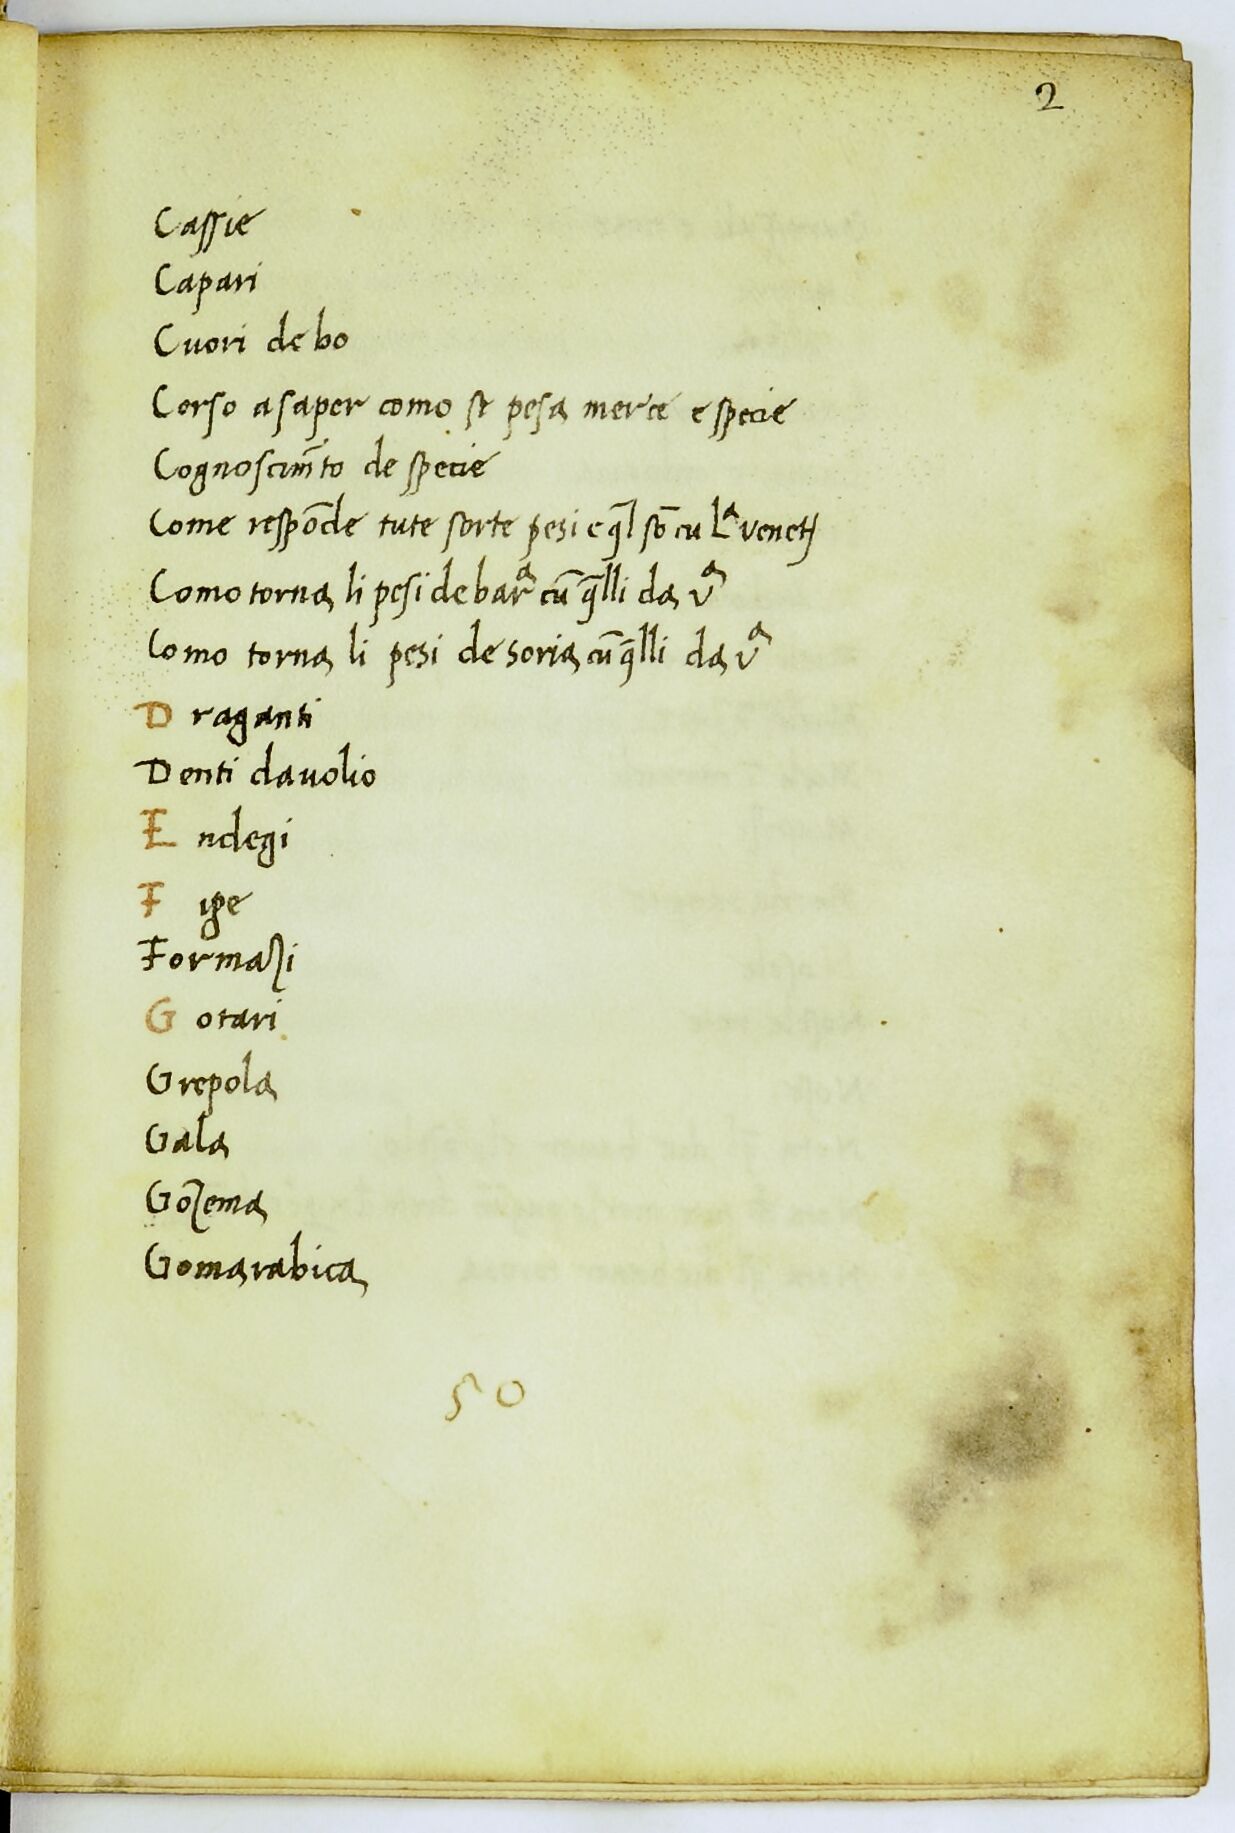
Shelfmark: Paris, BnF, ita. 912
Century: 14